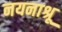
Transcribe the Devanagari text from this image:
नयनाश्रू